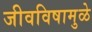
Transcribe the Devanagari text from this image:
जीवविषामुळे